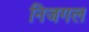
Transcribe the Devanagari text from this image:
निजगल